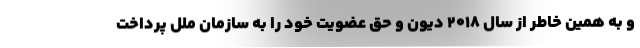
و به همین خاطر از سال ۲۰۱۸ دیون و حق عضویت خود را به سازمان ملل پرداخت